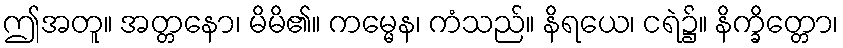
ဤအတူ။ အတ္တနော၊ မိမိ၏။ ကမ္မေန၊ ကံသည်။ နိရယေ၊ ငရဲ၌။ နိက္ခိတ္တော၊